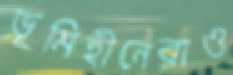
ভূমিহীনেরাও